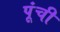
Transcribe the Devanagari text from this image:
पूंची